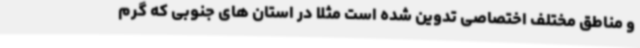
و مناطق مختلف اختصاصی تدوین شده است مثلا در استان های جنوبی که گرم